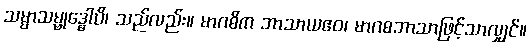
သမ္မာသမ္ဗုဒ္ဓေါပိ၊ သည်လည်း။ မာဂဓိက ဘာသာယဧဝ၊ မာဂဓဘာသာဖြင့်သာလျှင်။